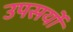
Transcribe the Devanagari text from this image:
उपसर्यों